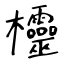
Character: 欞